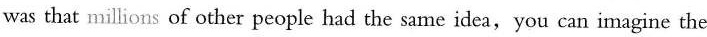
was that millions of other people had the same idea,you can imagine the